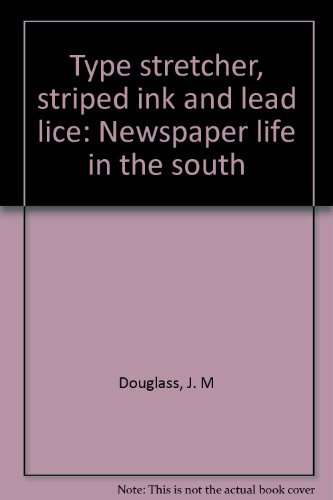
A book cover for Type stretcher, Striped Ink and Lead Lice: Newspaper life in the south; J. M. (Jack) Douglass; Health, Fitness & Dieting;